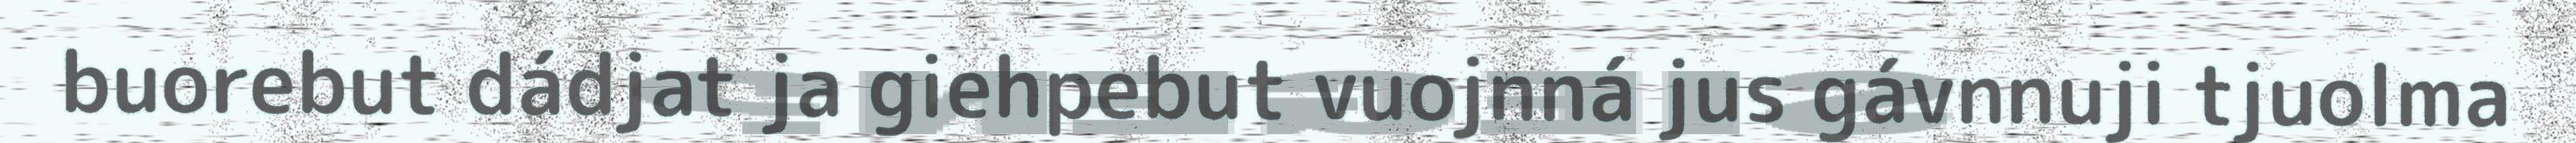
buorebut dádjat ja giehpebut vuojnná jus gávnnuji tjuolma